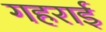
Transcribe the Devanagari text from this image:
गहरार्इ